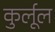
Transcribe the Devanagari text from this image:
कुर्लूल